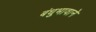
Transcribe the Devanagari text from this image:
बंधुभावाने